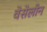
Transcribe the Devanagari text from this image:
वेसेलीन